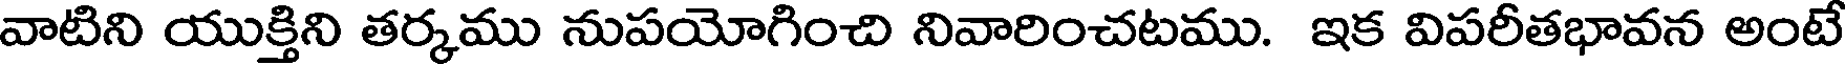
వాటిని యుక్తిని తర్కము నుపయోగించి నివారించటము. ఇక విపరీతభావన అంటే